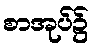
စာအုပ်၌